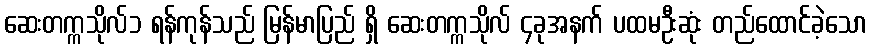
ဆေးတက္ကသိုလ်၁ ရန်ကုန်သည် မြန်မာပြည် ရှိ ဆေးတက္ကသိုလ် ၄ခုအနက် ပထမဦးဆုံး တည်ထောင်ခဲ့သော